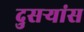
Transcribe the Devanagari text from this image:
दुसर्‍यांस